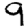
Digit: 9